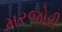
મરજોરી